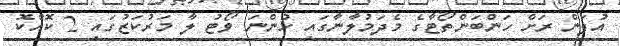
އުފަން ރަށް ހަންބަންތޯޓާގެ މެދަމުލާނާގައި ހުންނަ ވޯޓު ލާ މަރުކަޒުގައި 2 ކޮއްކޮ